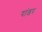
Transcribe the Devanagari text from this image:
यांडर